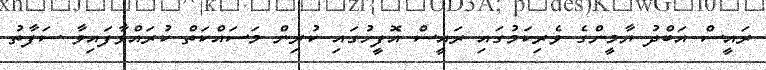
ރައީސް އަބްދު ޔާމީންގެ ވެރިކަމުގަައި ރައީސް އޮފީހުގައި ކުރިން މަސައްކަތް ކުރައްވާފައިވާ ސަފާތު